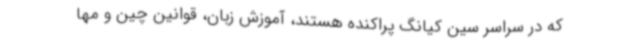
که در سراسر سین کیانگ پراکنده هستند، آموزش زبان، قوانین چین و مها